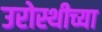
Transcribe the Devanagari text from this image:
उरोस्थीच्या